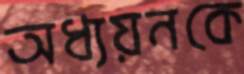
অধ্যয়নকে